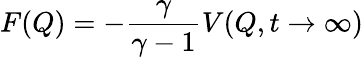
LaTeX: F(Q)=-\frac{\gamma}{\gamma-1}V(Q,t\rightarrow\infty)